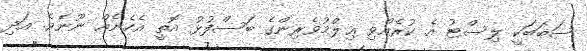
ސަބަބަކީ ލިސްޓު އެ ކުރެއްވި ޢިލްމުވެރިންގެ ބަސްފުޅު އޮތީ އެހެނެއް ނޫނެވެ. އަދި